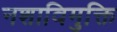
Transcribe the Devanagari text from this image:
नशाविमुक्ति